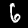
Label: 6